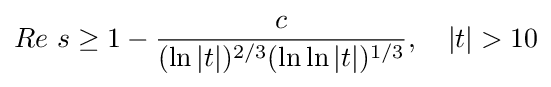
Re\ s\geq 1-{\frac {c}{(\ln |t|)^{2/3}(\ln \ln |t|)^{1/3}}},\quad |t|>10